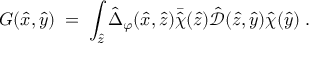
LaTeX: G ( { \hat { x } } , { \hat { y } } ) \; = \; \int _ { { \hat { z } } } { \hat { \Delta } } _ { \varphi } ( { \hat { x } } , \hat { z } ) { \bar { \hat { \chi } } } ( { \hat { z } } ) { \hat { \mathcal D } } ( { \hat { z } } , { \hat { y } } ) { \hat { \chi } } ( { \hat { y } } ) \; .